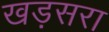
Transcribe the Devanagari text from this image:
खड़सरा